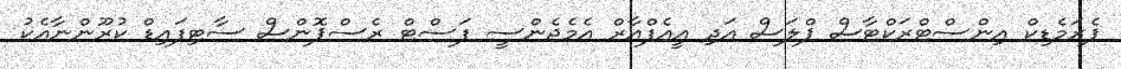
ޕެރަމެޑިކް އިންސްޓްރަކްޓާސް ޕްލަސް އަދި އީއެފްއާރް އެމެޖެންސީ ފަސްޓް ރެސްޕޮންސް ސާޓިފައިޑް ކުރޫންނާއެކު